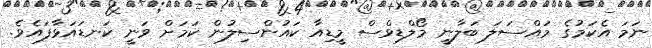
ނަމަ އެކަމުގެ މައްސަލަ ބަލާނީ މޯލްޑިވްސް މީޑިއާ ކައުންސިލުން ކަމަށް ވަނީ ކަނޑައަޅާފައެވެ.